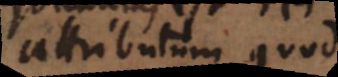
attributum quod